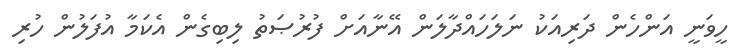
ހީވަނީ އަންހެން ދަރިއަކު ނަލަހައްދާލަން އޭނާއަށް ފުރުޞަތު ލިބިގެން އެކަމާ އުފަލުން ހުރި